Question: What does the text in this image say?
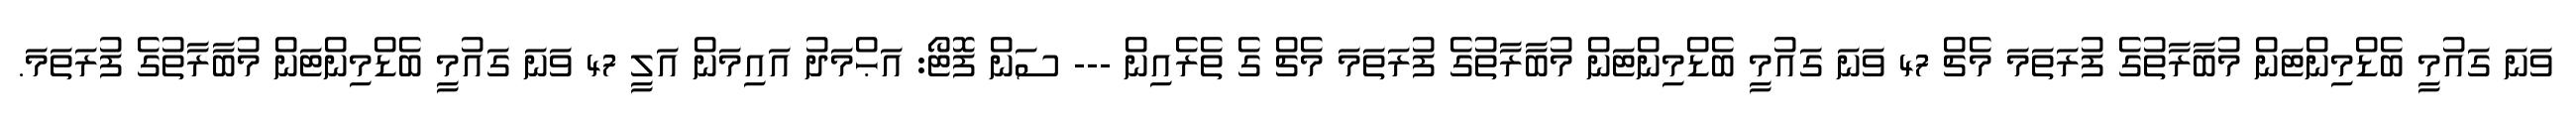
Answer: ވަނަ ގައުމީ ބެޑްމިންޓަން މުބާރާތުގެ ފުރަތަމަ މެޗް 47 ވަނަ ގައުމީ ބެޑްމިންޓަން މުބާރާތުގެ ފުރަތަމަ މެޗް ގެ ތެރެއިން --- ސަން ފޮޓޯ: އަޙްމަދު އައިމަން އަލީ 47 ވަނަ ގައުމީ ބެޑްމިންޓަން މުބާރާތުގެ ފުރަތަމަ.